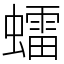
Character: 𧒽